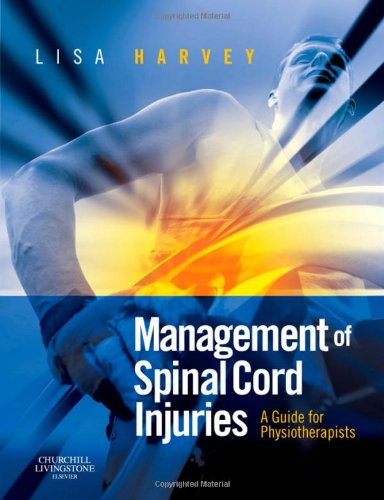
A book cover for Management of Spinal Cord Injuries: A Guide for Physiotherapists, 1e; Lisa Harvey BAppSc  GradDipAppSc(ExSpSc)  MAppSc  PhD; Health, Fitness & Dieting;